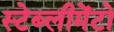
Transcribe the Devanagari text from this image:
स्टेब्लीमेंटो